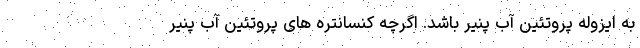
به ایزوله پروتئین آب پنیر باشد. اگرچه کنسانتره های پروتئین آب پنیر